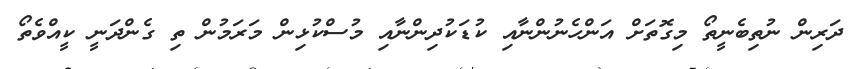
ދަރިން ނުތިބެނީތޯ މިގޮތަށް އަންހެނުންނާއި ކުޑަކުދިންނާއި މުސްކުޅިން މަރަމުން ތި ގެންދަނީ ކީއްވެތޯ